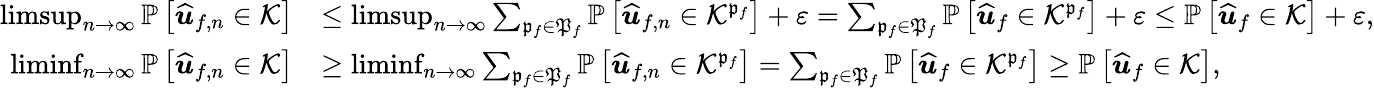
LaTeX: \begin{array}{rl}{\operatorname*{limsup}_{n\rightarrow\infty}\mathbb{P}\left[\widehat{\boldsymbol{u}}_{f,n}\in\mathcal{K}\right]}&{\leq\operatorname*{limsup}_{n\rightarrow\infty}\sum_{\mathfrak{p}_{f}\in\mathfrak{P}_{f}}\mathbb{P}\left[\widehat{\boldsymbol{u}}_{f,n}\in\mathcal{K}^{\mathfrak{p}_{f}}\right]+\varepsilon=\sum_{\mathfrak{p}_{f}\in\mathfrak{P}_{f}}\mathbb{P}\left[\widehat{\boldsymbol{u}}_{f}\in\mathcal{K}^{\mathfrak{p}_{f}}\right]+\varepsilon\leq\mathbb{P}\left[\widehat{\boldsymbol{u}}_{f}\in\mathcal{K}\right]+\varepsilon,}\\ {\operatorname*{liminf}_{n\rightarrow\infty}\mathbb{P}\left[\widehat{\boldsymbol{u}}_{f,n}\in\mathcal{K}\right]}&{\geq\operatorname*{liminf}_{n\rightarrow\infty}\sum_{\mathfrak{p}_{f}\in\mathfrak{P}_{f}}\mathbb{P}\left[\widehat{\boldsymbol{u}}_{f,n}\in\mathcal{K}^{\mathfrak{p}_{f}}\right]=\sum_{\mathfrak{p}_{f}\in\mathfrak{P}_{f}}\mathbb{P}\left[\widehat{\boldsymbol{u}}_{f}\in\mathcal{K}^{\mathfrak{p}_{f}}\right]\geq\mathbb{P}\left[\widehat{\boldsymbol{u}}_{f}\in\mathcal{K}\right],}\end{array}